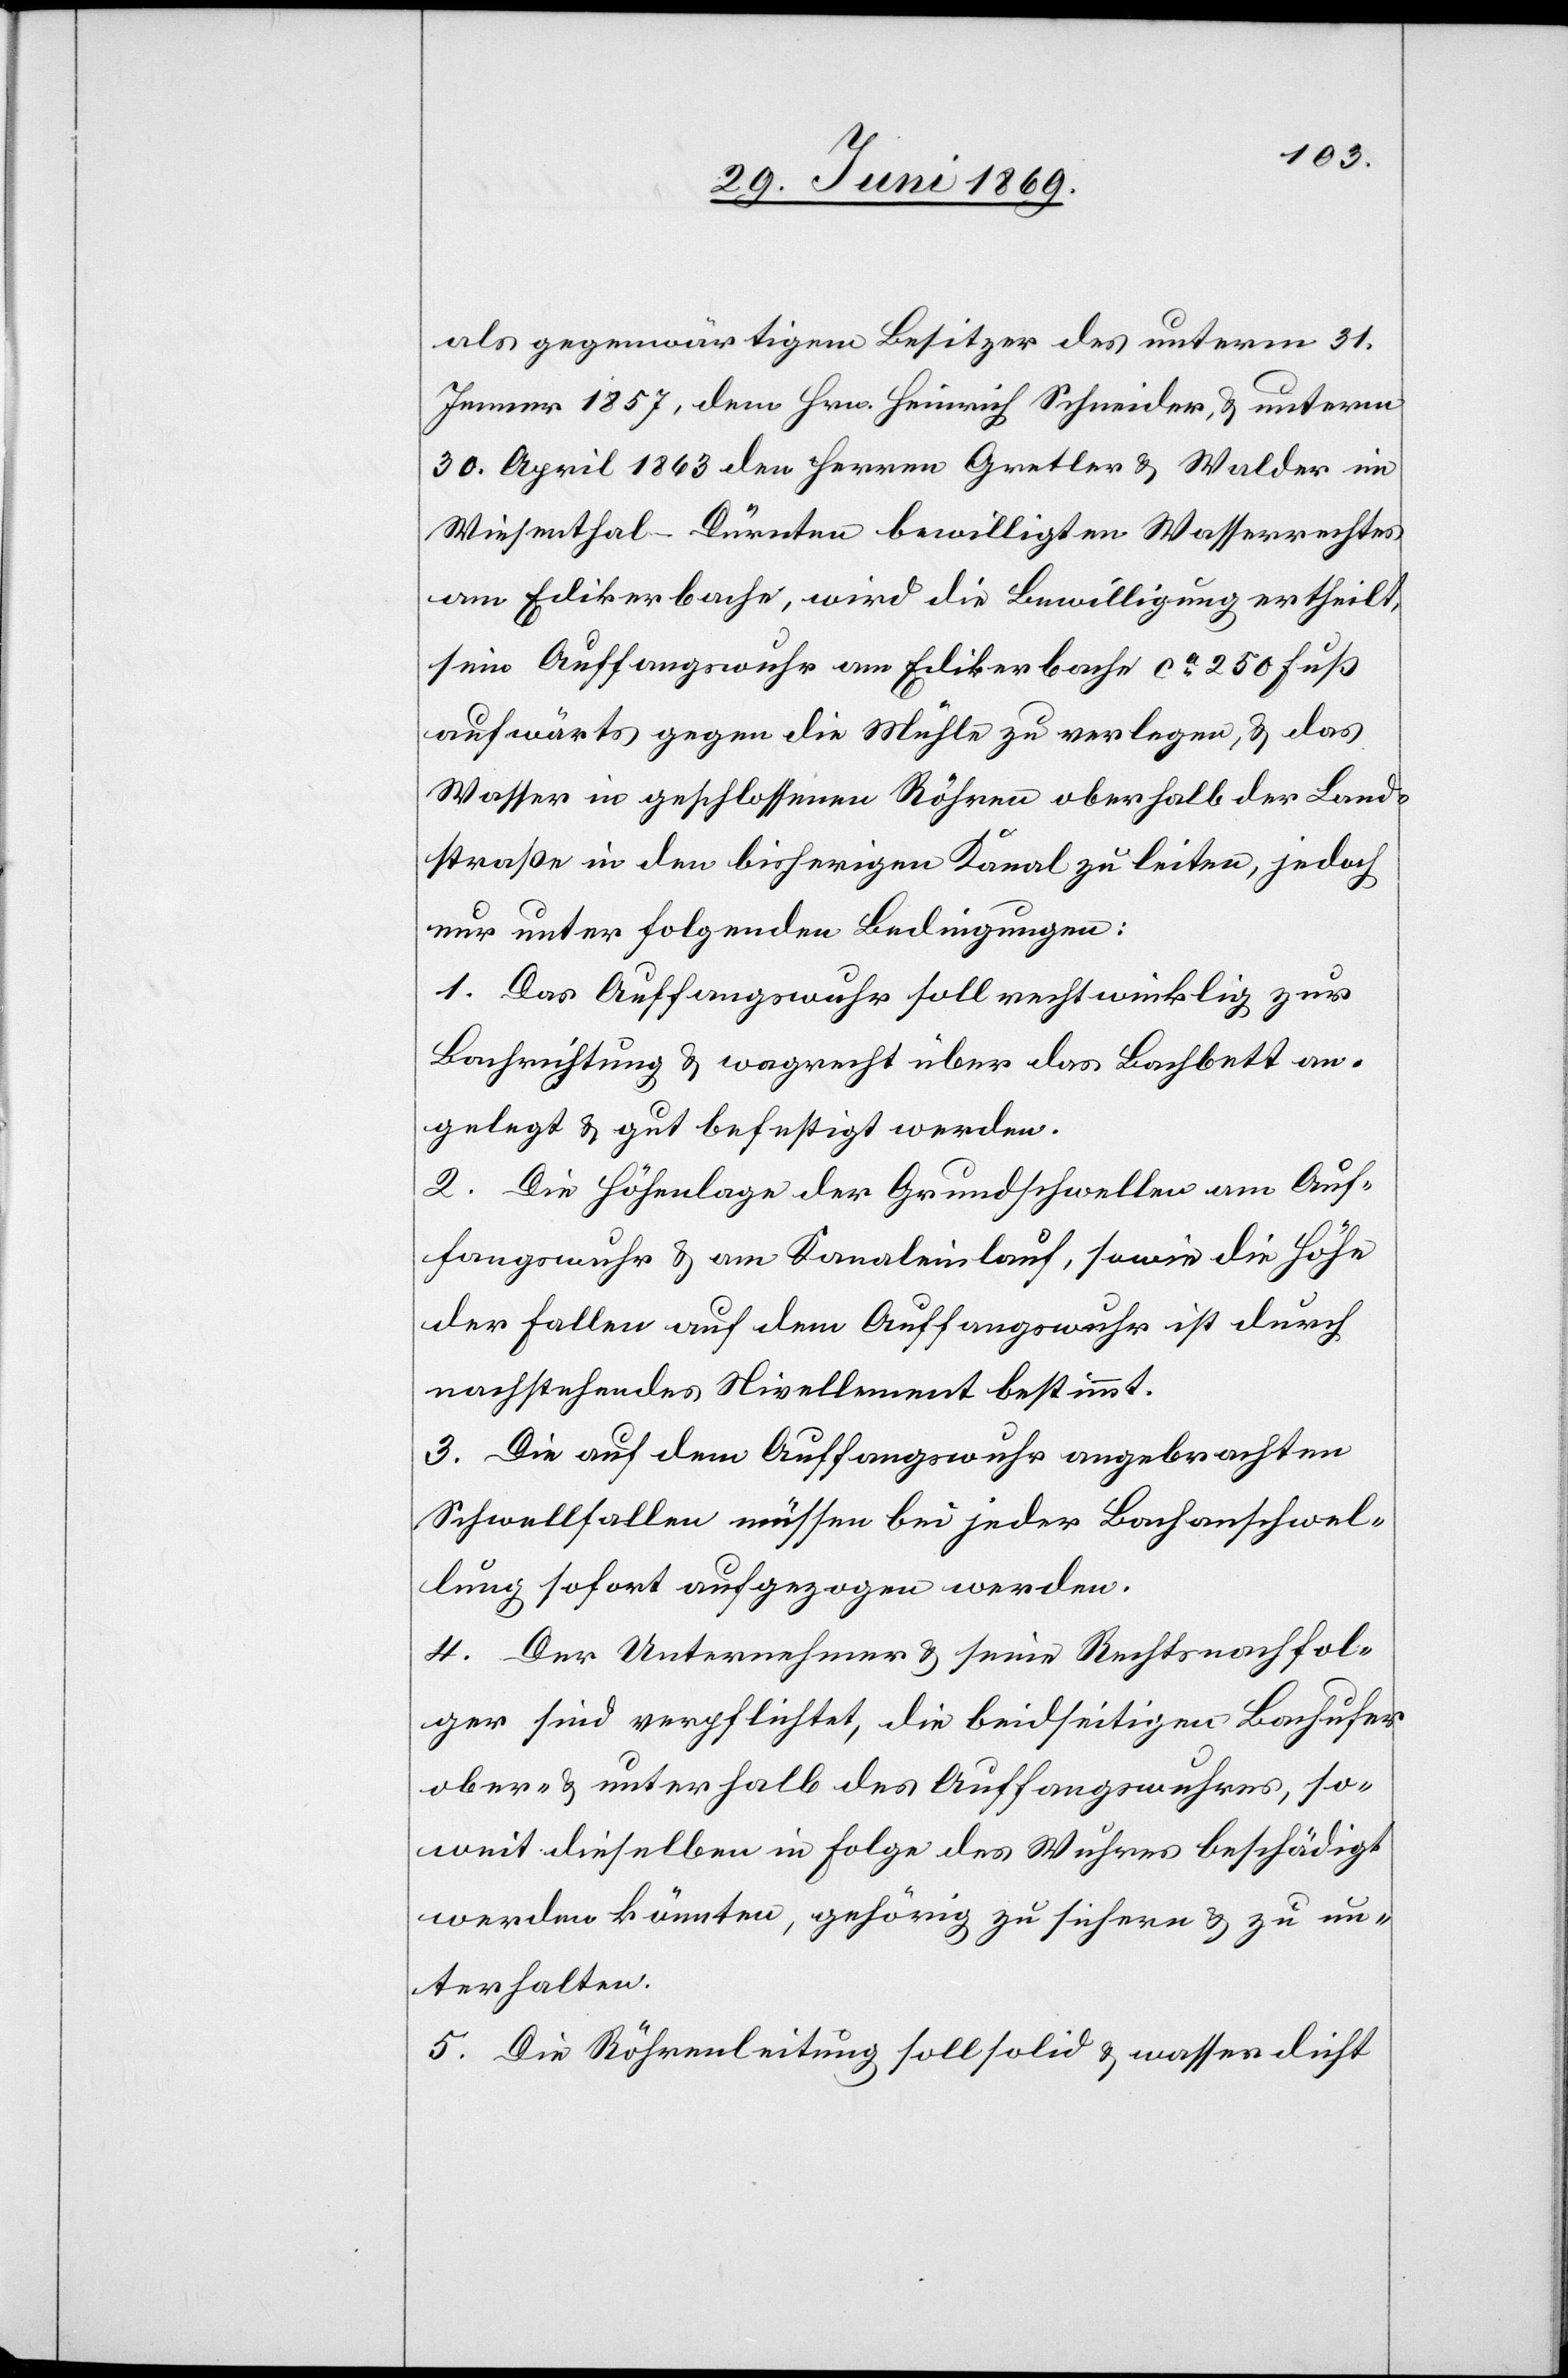
als gegenwärtigem Besitzer des unterm 31.
Jenner 1857, dem Hrn. Heinrich Schneider, u. unterm
30. April 1863 den Herrn Gretler u. Walder im
Wiesenthal-Dürnten bewilligten Wasserrechtes
am Edikonerbache, wird die Bewilligung ertheilt,
sein Auffangswuhr am Edikerbache ca 250 Fuß
aufwärts gegen die Mühle zu verlegen, u. das
Wasser in geschlossenen Röhren oberhalb der Land¬
straße in den bisherigen Kanal zu leiten, jedoch
nur unter folgenden Bedingungen:
1. Das Auffangswuhr soll rechwinklig zur
Bachrichtung u. wagrecht über das Bachbett an¬
gelegt u. gut befestigt werden.
2. Die Höhenlage der Grundschwellen am Auf¬
fangswuhr u. am Kanaleinlauf, sowie die Höhe
der Fallen auf dem Auffangswuhr ist durch
nachstehendes Nivellement bestimmt.
3. Die auf dem Auffangswuhr angebrachten
Schwellfallen müssen bei jeder Bachanschwel¬
lung sofort aufgezogen werden.
4. Der Unternehmer u. seine Rechtsnachfol¬
ger sind verpflichtet, die beidseitigen Bachufer
ober- u. unterhalb des Auffangswuhres, so¬
weit dieselben in Folge des Wuhres beschädigt
werden könnten, gehörig zu sichern u. zu un¬
terhalten.
5. Die Röhrenleitung soll solid u. wasserdicht